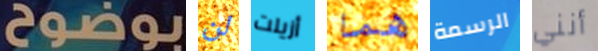
بوضوح لن أزيلت هما الرسمة أنني